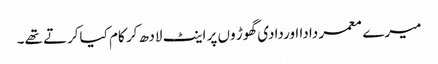
میرے معمر دادا اوردادی گھوڑ وں پر اینٹ لادھ کر کام کیاکرتے تھے۔